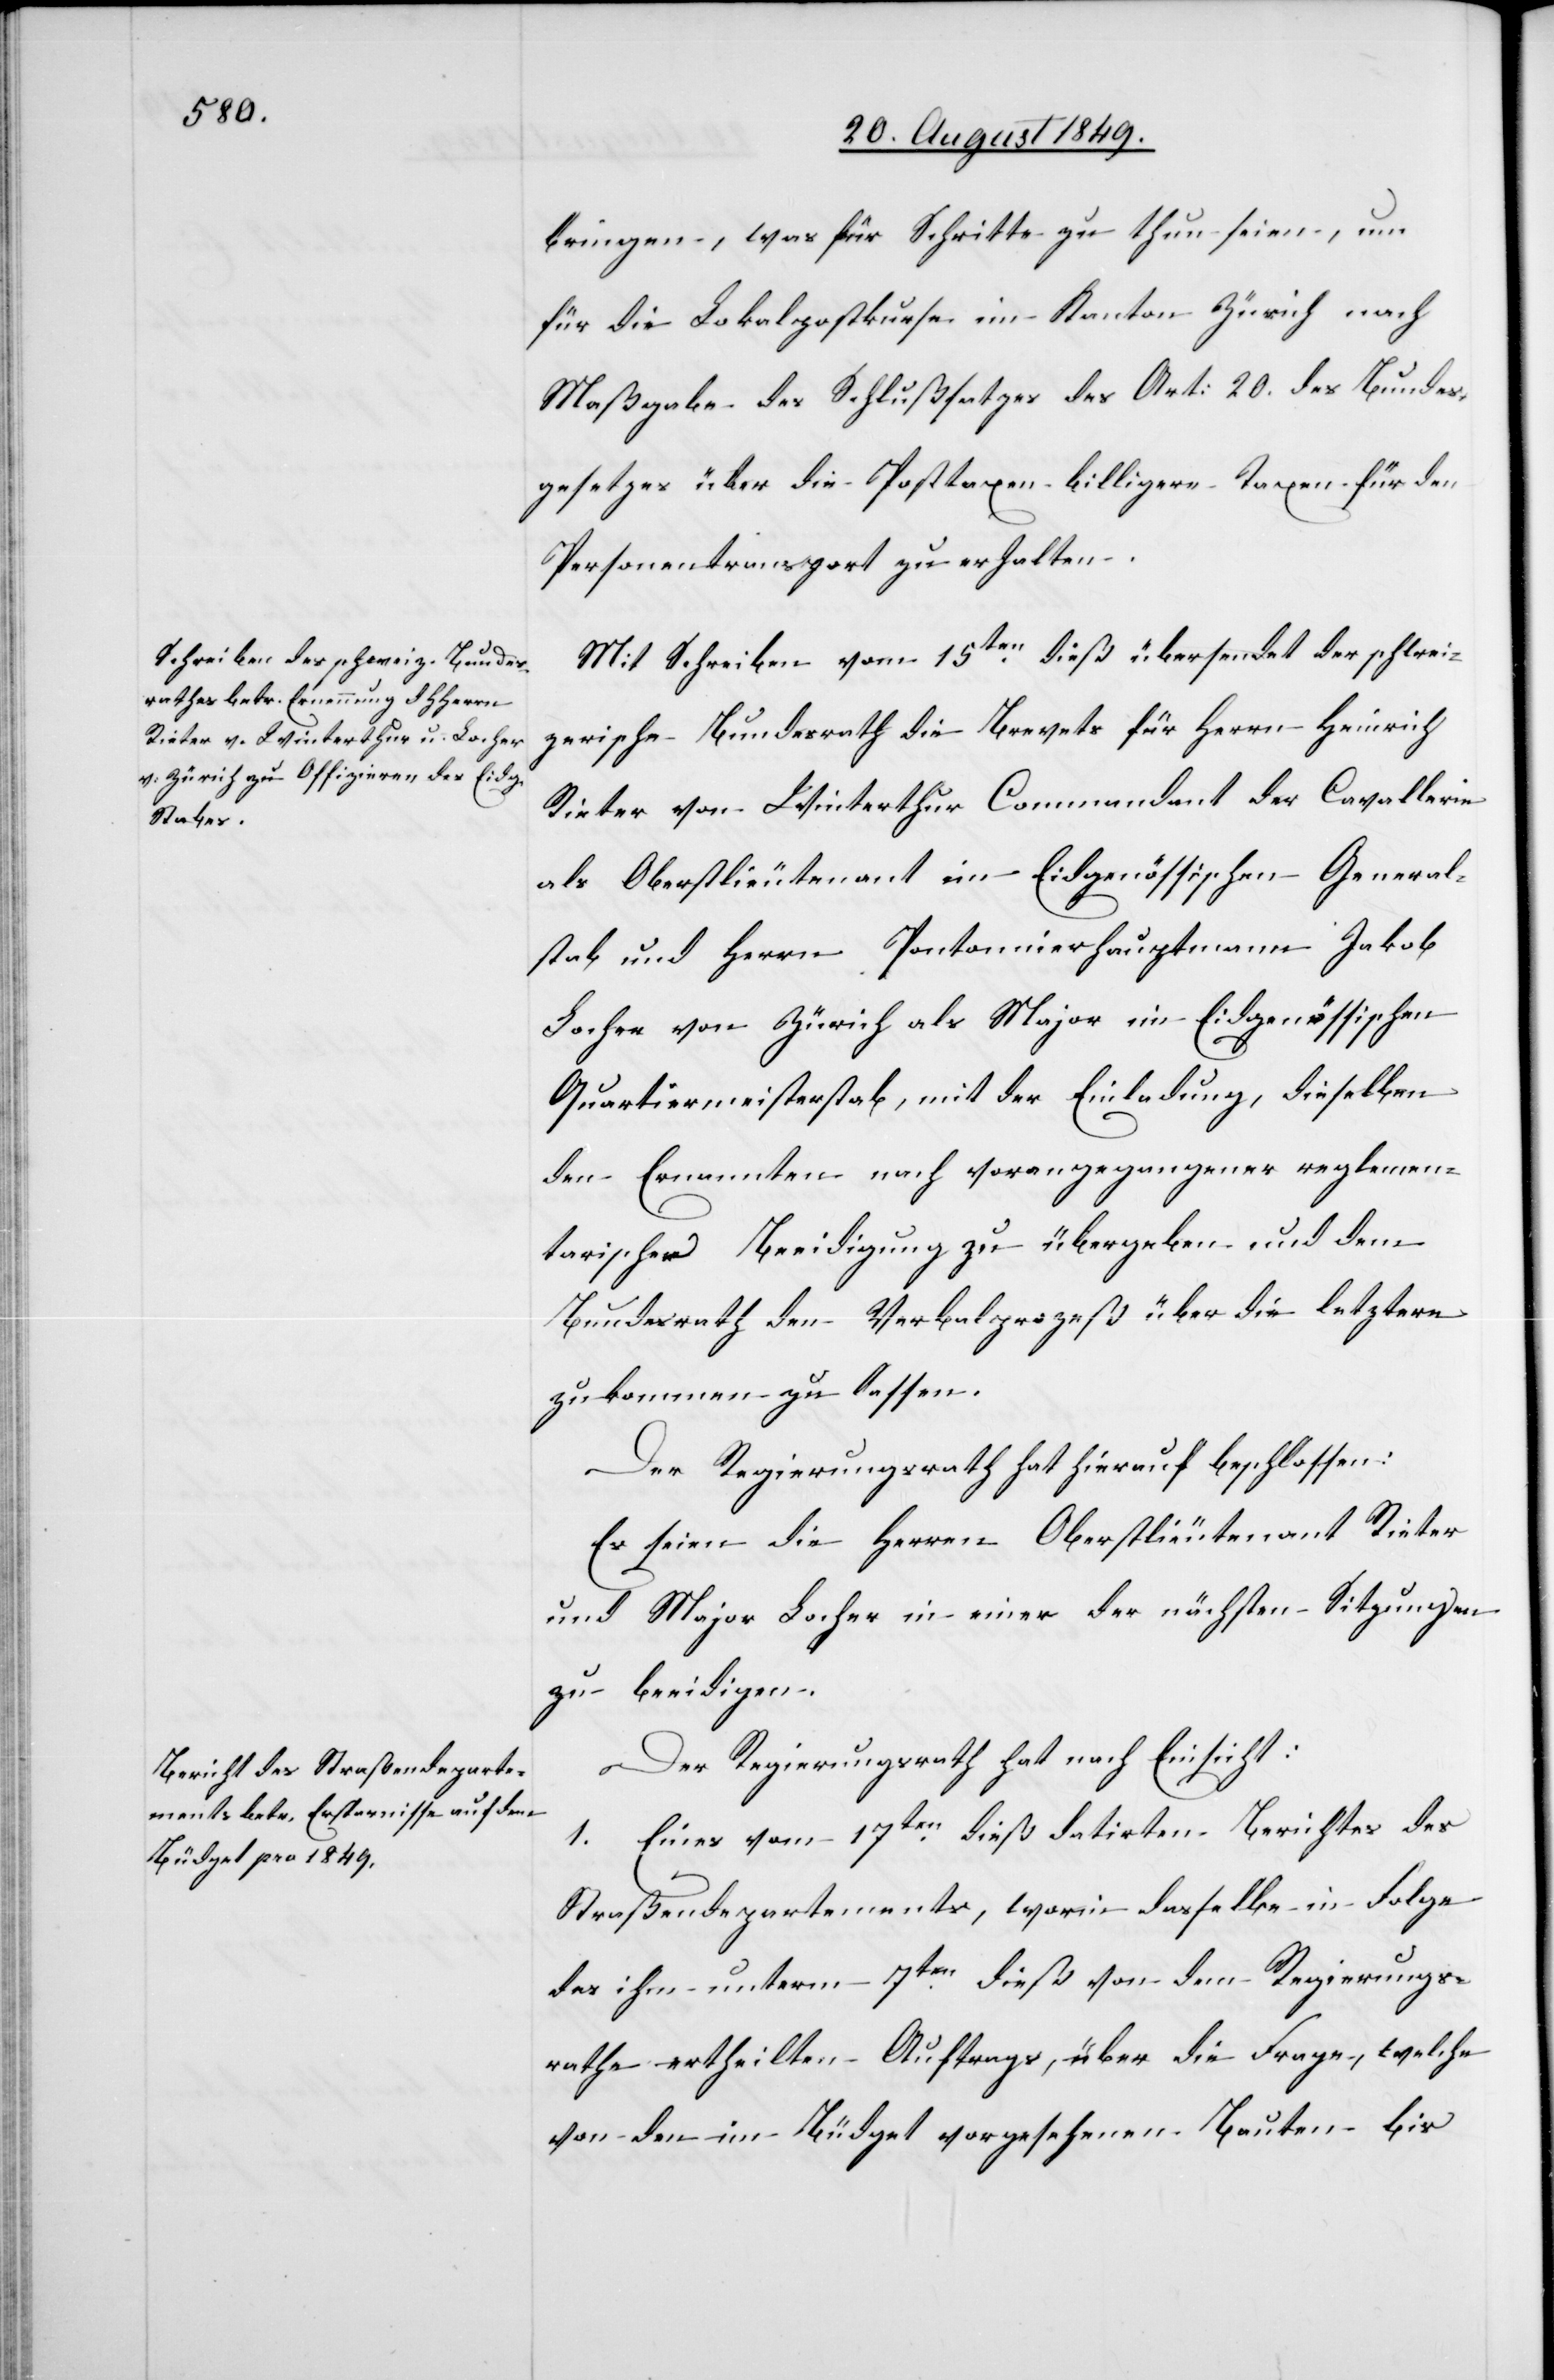
bringen, was für Schritte zu thun seien, um
für die Lokalpostkurse im Kanton Zürich nach
Maßgabe des Schlußsatzes des Art: 20. des Bundes¬
gesetzes über die Posttaxen billigere Taxen für den
Personentransport zu erhalten.
Mit Schreiben vom 15ten dieß übersendet der schwei¬
zerische Bundesrath die Brevets für Herrn Heinrich
Rieter von Winterthur Commandant der Cavallerie
als Oberstlieutenant im Eidgenössischen General¬
stab und Herrn Pontonnierhauptmann Jakob
Locher von Zürich als Major im Eidgenössischen
Quartiermeisterstab, mit der Einladung, dieselben
den Ernannten nach vorangegangener reglemen¬
tarischer Beeidigung zu übergeben und dem
Bundesrath den Verbalprozeß über die letztere
zukommen zu lassen.
Der Regierungsrath hat hierauf beschlossen:
Es seien die Herren Oberstlieutenant Rieter
und Major Locher in einer der nächsten Sitzungen
zu beeidigen.
Der Regierungsrath hat nach Einsicht:
1. Eines vom 17ten dieß datirten Berichtes des
Straßendepartements, worin dasselbe in Folge
des ihm unterm 7ten dieß von dem Regierungs¬
rathe ertheilten Auftrags, über die Frage, welche
von den im Büdget vorgesehenen Bauten bis